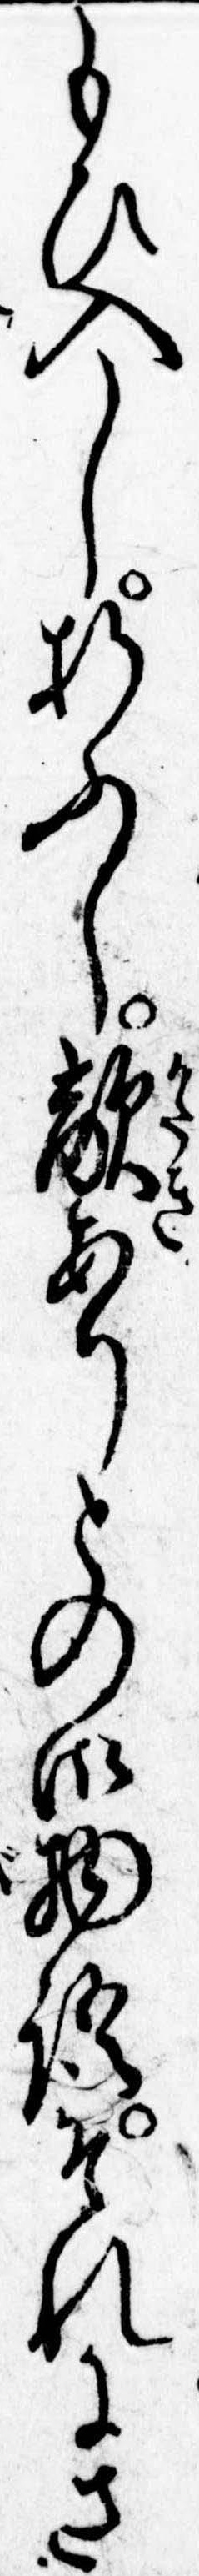
もひ入し折ふし敵ありとの御物語それにさ